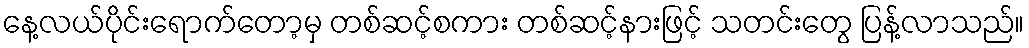
နေ့လယ်ပိုင်းရောက်တော့မှ တစ်ဆင့်စကား တစ်ဆင့်နားဖြင့် သတင်းတွေ ပြန့်လာသည်။